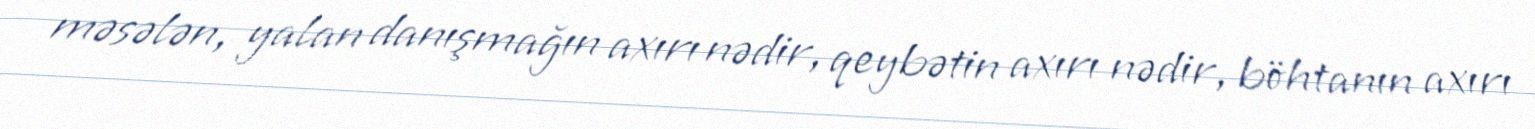
məsələn, yalan danışmağın axırı nədir, qeybətin axırı nədir, böhtanın axırı